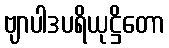
ဗျာပါဒပရိယုဋ္ဌိတော